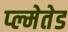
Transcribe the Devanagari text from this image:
प्ल्मेतेड